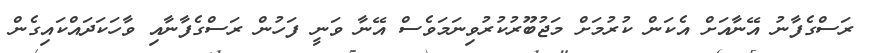
ރަސްގެފާނު އޭނާއަށް އެކަން ކުރުމަށް މަޖުބޫރުކުރުވިނަމަވެސް އޭނާ ވަނީ ފަހުން ރަސްގެފާނާއި ވާހަކަދައްކައިގެން